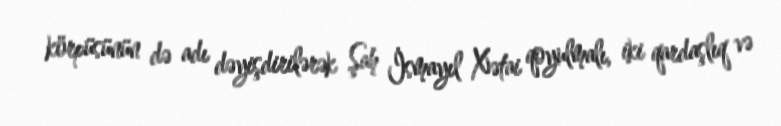
körpüsünün də adı dəyişdirilərək Şah İsmayıl Xətai qoyulmalı, iki qardaşlıq və